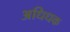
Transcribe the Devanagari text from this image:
अधिधक